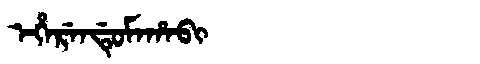
Manchu: ᡝᡥᡝᡵᡝᠨᡩᡠᠮᠠᡥᠠᠪᡳ
Romanization: EHERENDUMAHABI